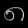
Digit: ၈